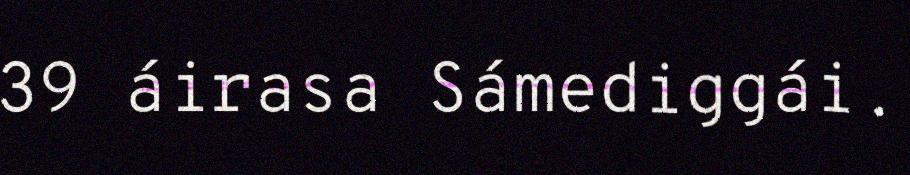
39 áirasa Sámediggái.